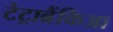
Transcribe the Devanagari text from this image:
टेट्राब्रैंकिआ